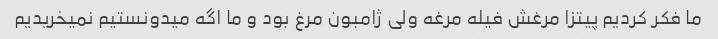
ما فکر کردیم پیتزا مرغش فیله مرغه ولی ژامبون مرغ بود و ما اگه میدونستیم نمیخریدیم